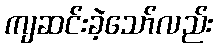
ကျဆင်းခဲ့သော်လည်း